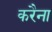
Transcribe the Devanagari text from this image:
करैना